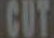
CUT